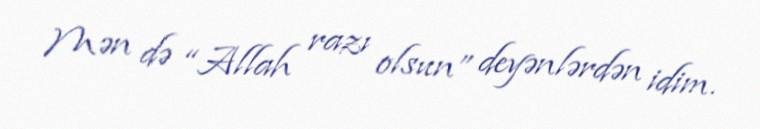
Mən də “Allah razı olsun” deyənlərdən idim.